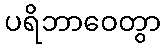
ပရိဘာဝေတွာ